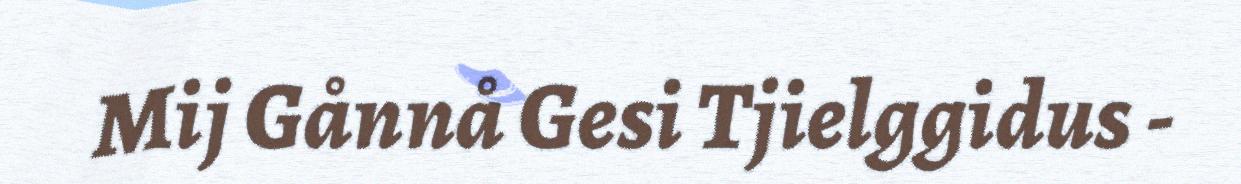
Mij Gånnå Gesi Tjielggidus -